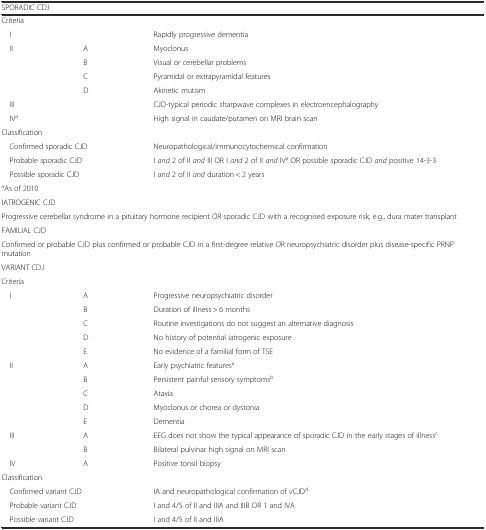
| <COLSPAN=3> SPORADIC CDJ |
 | --- | --- | --- |
 | <COLSPAN=3> Criteria |
 | I |  | Rapidly progressive dementia |
 | <ROWSPAN=4> II | A | Myoclonus |
 | B | Visual or cerebellar problems |
 | C | Pyramidal or extrapyramidal features |
 | D | Akinetic mutism |
 | III |  | CJD-typical periodic sharpwave complexes in electroencephalography |
 | IVa |  | High signal in caudate/putamen on MRI brain scan |
 | <COLSPAN=3> Classification |
 | <COLSPAN=2> Confirmed sporadic CJD | Neuropathological/immunocytochemical confirmation |
 | <COLSPAN=2> Probable sporadic CJD | I and 2 of II and III OR I and 2 of II and IVa OR possible sporadic CJD and positive 14-3-3 |
 | <COLSPAN=2> Possible sporadic CJD | I and 2 of II and duration < 2 years |
 | <COLSPAN=3> aAs of 2010 |
 | <COLSPAN=3> IATROGENIC CJD |
 | <COLSPAN=3> Progressive cerebellar syndrome in a pituitary hormone recipient OR sporadic CJD with a recognised exposure risk, e.g., dura mater transplant |
 | <COLSPAN=3> FAMILIAL CJD |
 | <COLSPAN=3> Confirmed or probable CJD plus confirmed or probable CJD in a first-degree relative OR neuropsychiatric disorder plus disease-specific PRNP mutation |
 | <COLSPAN=3> VARIANT CDJ |
 | <COLSPAN=3> Criteria |
 | <ROWSPAN=5> I | A | Progressive neuropsychiatric disorder |
 | B | Duration of illness > 6 months |
 | C | Routine investigations do not suggest an alternative diagnosis |
 | D | No history of potential iatrogenic exposure |
 | E | No evidence of a familial form of TSE |
 | <ROWSPAN=5> II | A | Early psychiatric featuresa |
 | B | Persistent painful sensory symptomsb |
 | C | Ataxia |
 | D | Myoclonus or chorea or dystonia |
 | E | Dementia |
 | <ROWSPAN=2> III | A | EEG does not show the typical appearance of sporadic CJD in the early stages of illnessc |
 | B | Bilateral pulvinar high signal on MRI scan |
 | IV | A | Positive tonsil biopsy |
 | <COLSPAN=3> Classification |
 | <COLSPAN=2> Confirmed variant CJD | IA and neuropathological confirmation of vCJDd |
 | <COLSPAN=2> Probable variant CJD | I and 4/5 of II and IIIA and IIIB OR 1 and IVA |
 | <COLSPAN=2> Possible variant CJD | I and 4/5 of II and IIIA |